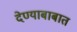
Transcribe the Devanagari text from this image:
देण्याबाबात